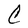
Character: C